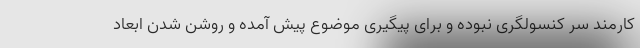
کارمند سر کنسولگری نبوده و برای پیگیری موضوع پیش آمده و روشن شدن ابعاد